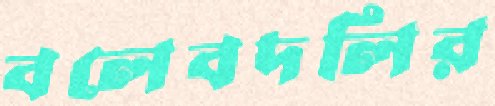
বলেবদলির